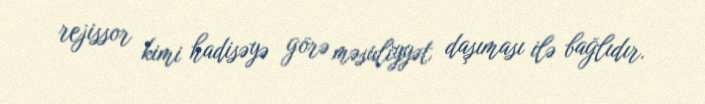
rejissor kimi hadisəyə görə məsuliyyət daşıması ilə bağlıdır.